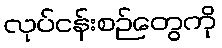
လုပ်ငန်းစဉ်တွေကို